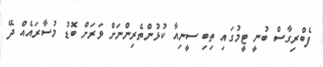
ފެބްރިގާސް ބުނީ ޓީމުގައި ތިބި ސީނިއާ ކުޅުންތެރިންނަށް ވަރަށް ބޮޑު މުސާރައެއް ދޭ